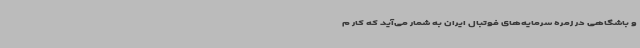
و باشگاهی در زمره سرمایه‌های فوتبال ایران به شمار می‌آید که کار م